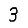
Digit: 3